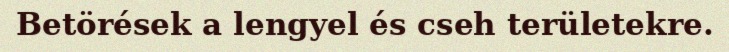
Betörések a lengyel és cseh területekre.